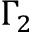
\Gamma _ { 2 }